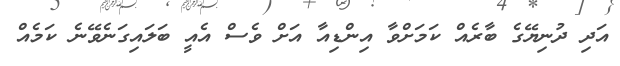
އަދި ދުނިޔޭގެ ބާރެއް ކަމަށްވާ އިންޑިއާ އަށް ވެސް އެއީ ބަލައިގަނެވޭނެ ކަމެއް